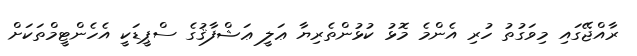
ރާއްޖޭގައި މިވަގުތު ހުރި އެންމެ މޮޅު ކުޅުންތެރިޔާ ޢަލީ ޢަޝްފާޤުގެ ސްޕީޑަކީ އެހެންޓީމްތަކަށް